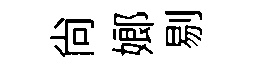
尚嫏剔